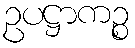
ဥပဋ္ဌာကဉ္စ